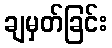
ချမှတ်ခြင်း